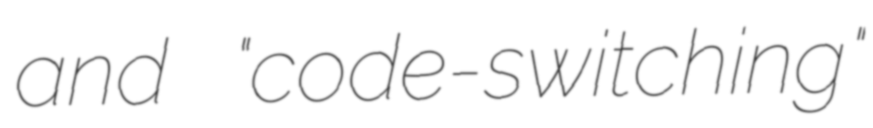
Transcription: and "code-switching"